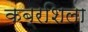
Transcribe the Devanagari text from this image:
कब्रशिला